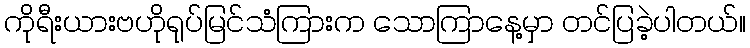
ကိုရီးယားဗဟိုရုပ်မြင်သံကြားက သောကြာနေ့မှာ တင်ပြခဲ့ပါတယ်။